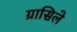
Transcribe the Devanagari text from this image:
ग्रासिले